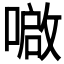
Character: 𫫤